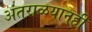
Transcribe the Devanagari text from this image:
अंतराळयानही